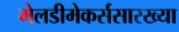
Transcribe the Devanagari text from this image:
मेलडीमेकर्ससारख्या